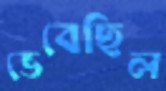
ভেবেছিল